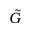
\tilde { G }